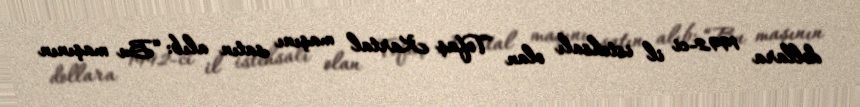
dollara 1992-ci il istehsalı olan Tofaş Kartal maşını satın alıb: “Bu maşının